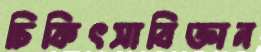
চিকিৎসাবিজ্ঞান